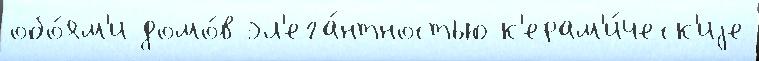
обо́ям'и домо́в эл'ега́нтностью к'ерам'и́ческ'иjе